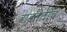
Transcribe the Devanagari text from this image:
वाढलेलीच